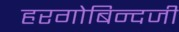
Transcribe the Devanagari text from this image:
हरगोबिन्दजी